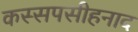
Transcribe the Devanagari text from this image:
कस्सपसीहनाद